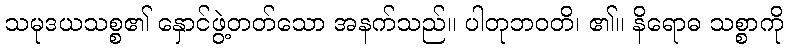
သမုဒယသစ္စ၏ နှောင်ဖွဲ့တတ်သော အနက်သည်။ ပါတုဘဝတိ၊ ၏။ နိရောဓ သစ္စာကို